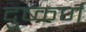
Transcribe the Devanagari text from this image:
दुष्कर्ण